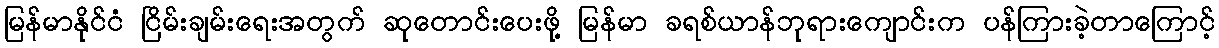
မြန်မာနိုင်ငံ ငြိမ်းချမ်းရေးအတွက် ဆုတောင်းပေးဖို့ မြန်မာ ခရစ်ယာန်ဘုရားကျောင်းက ပန်ကြားခဲ့တာကြောင့်